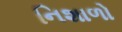
નિશાળો